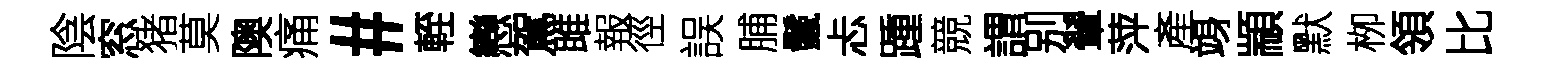
陰窓猪莫隩痛#輊戀駕雎報徑誤脯鬛忐踵競謂别翬萍產竧顓默栁領比